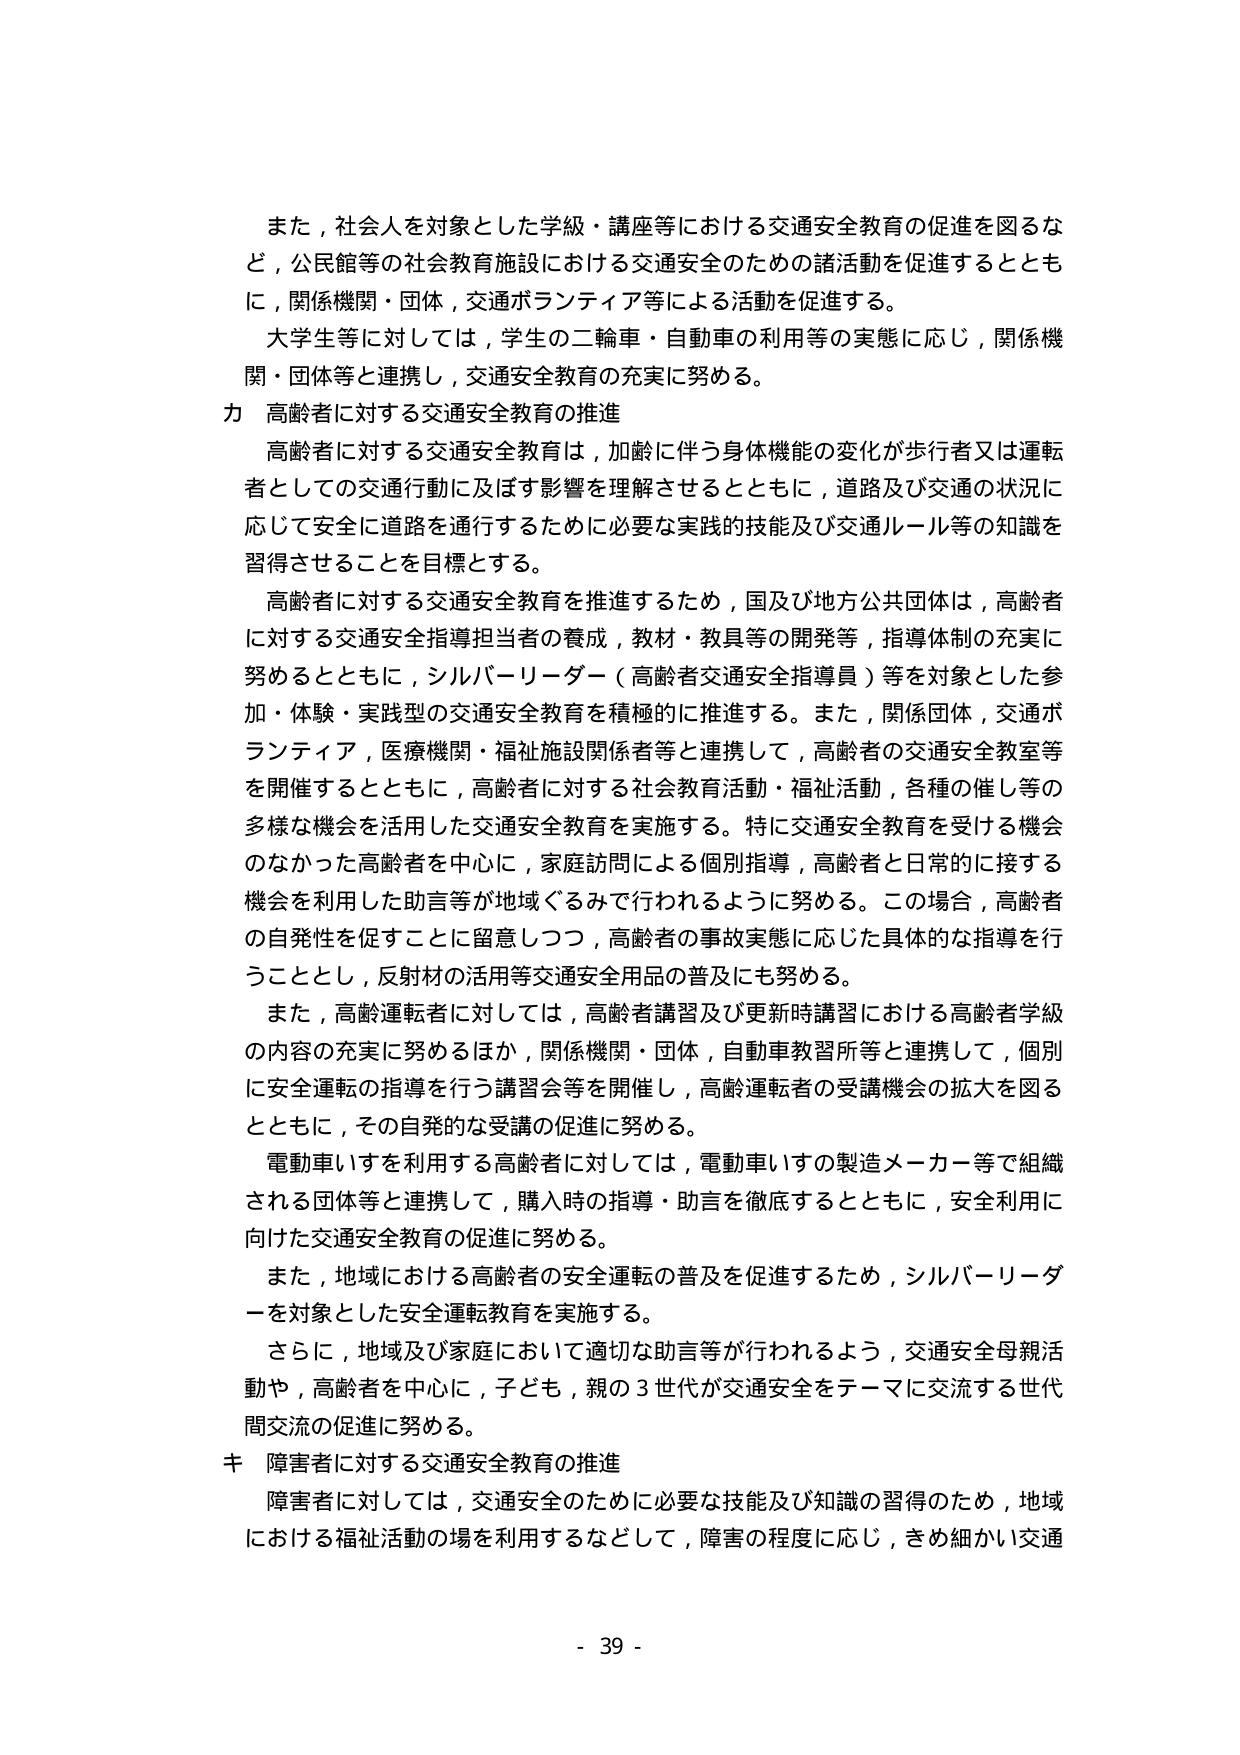
また，社会人を対象とした学級・講座等における交通安全教育の促進を図るなど，公民館等の社会教育施設における交通安全のための諸活動を促進するとともに，関係機関・団体，交通ボランティア等による活動を促進する。

大学生等に対しては，学生の二輪車・自動車の利用等の実態に応じ，関係機関・団体等と連携し，交通安全教育の充実に努める。

カ 高齢者に対する交通安全教育の推進

高齢者に対する交通安全教育は，加齢に伴う身体機能の変化が歩行者又は運転者としての交通行動に及ぼす影響を理解させるとともに，道路及び交通の状況に応じて安全に道路を通行するために必要な実践的技能及び交通ルール等の知識を習得させることを目標とする。

高齢者に対する交通安全教育を推進するため，国及び地方公共団体は，高齢者に対する交通安全指導担当者の養成，教材・教具等の開発等，指導体制の充実に努めるとともに，シルバーリーダー（高齢者交通安全指導員）等を対象とした参加・体験・実践型の交通安全教育を積極的に推進する。また，関係団体，交通ボランティア，医療機関・福祉施設関係者等と連携して，高齢者の交通安全教室等を開催するとともに，高齢者に対する社会教育活動・福祉活動，各種の催し等の多様な機会を活用した交通安全教育を実施する。特に交通安全教育を受ける機会のなかった高齢者を中心に，家庭訪問による個別指導，高齢者と日常的に接する機会を利用した助言等が地域ぐるみで行われるように努める。この場合，高齢者の自発性を促すことに留意しつつ，高齢者の事故実態に応じた具体的な指導を行うこととし，反射材の活用等交通安全用品の普及にも努める。

また，高齢運転者に対しては，高齢者講習及び更新時講習における高齢者学級の内容の充実に努めるほか，関係機関・団体，自動車教習所等と連携して，個別に安全運転の指導を行う講習会等を開催し，高齢運転者の受講機会の拡大を図るとともに，その自発的な受講の促進に努める。

電動車いすを利用する高齢者に対しては，電動車いすの製造メーカー等で組織される団体等と連携して，購入時の指導・助言を徹底するとともに，安全利用に向けた交通安全教育の促進に努める。

また，地域における高齢者の安全運転の普及を促進するため，シルバーリーダーを対象とした安全運転教育を実施する。

さらに，地域及び家庭において適切な助言等が行われるよう，交通安全母親活動や，高齢者を中心に，子ども，親の３世代が交通安全をテーマに交流する世代間交流の促進に努める。

キ 障害者に対する交通安全教育の推進

障害者に対しては，交通安全のために必要な技能及び知識の習得のため，地域における福祉活動の場を利用するなどして，障害の程度に応じ，きめ細かい交通

- 39 -